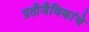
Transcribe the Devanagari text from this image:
प्रतीजैविकांचे